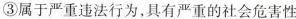
③属于严重违法行为，具有严重的社会危害性